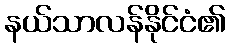
နယ်သာလန်နိုင်ငံ၏